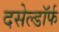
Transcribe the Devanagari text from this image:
दसेल्डॉर्फ